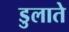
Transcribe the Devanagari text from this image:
डुलाते